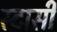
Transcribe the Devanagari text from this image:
स्टासी